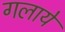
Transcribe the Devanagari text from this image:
गलाये